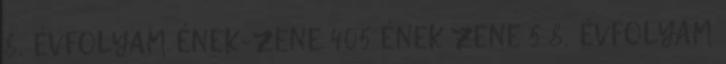
8. ÉVFOLYAM ÉNEK-ZENE 405 ÉNEK ZENE 5 8. ÉVFOLYAM